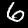
Label: 6